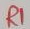
Text: R1